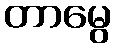
တာမွေ